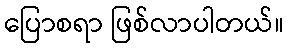
ပြောစရာ ဖြစ်လာပါတယ်။